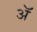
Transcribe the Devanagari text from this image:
अॅ